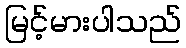
မြင့်မားပါသည်